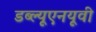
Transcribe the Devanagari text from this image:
डब्ल्यूएनयूवी